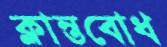
ক্লান্তবোধ